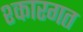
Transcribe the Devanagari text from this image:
श्कारगत